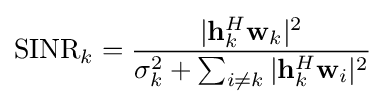
{\textrm {SINR}}_{k}={\frac {|\mathbf {h} _{k}^{H}\mathbf {w} _{k}|^{2}}{\sigma _{k}^{2}+\sum _{i\neq k}|\mathbf {h} _{k}^{H}\mathbf {w} _{i}|^{2}}}